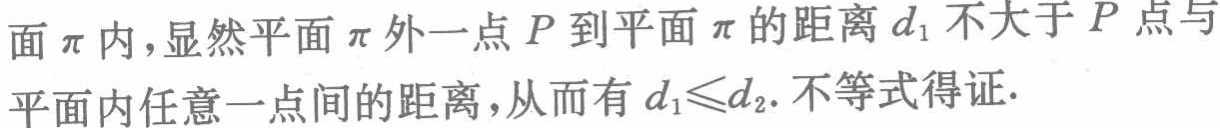
面$\pi$内，显然平面$\pi$外一点$P$到平面$\pi$的距离$d_1$不大于$P$点与平面内任意一点间的距离，从而有$d_1\leqslant d_2$. 不等式得证.